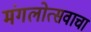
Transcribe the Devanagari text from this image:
मंगलोत्सवाचा